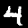
Label: 4